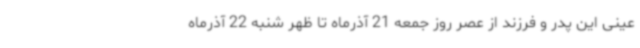
عینی این پدر و فرزند از عصر روز جمعه 21 آذرماه تا ظهر شنبه 22 آذرماه